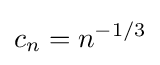
c_{n}=n^{-1/3}